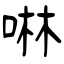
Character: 啉